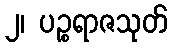
၂၊ ပဉ္စရာဇသုတ်